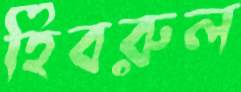
হিবরুল